Lunatic asylums Punjab 1911-1921 - 1911-1921
Year: 1911
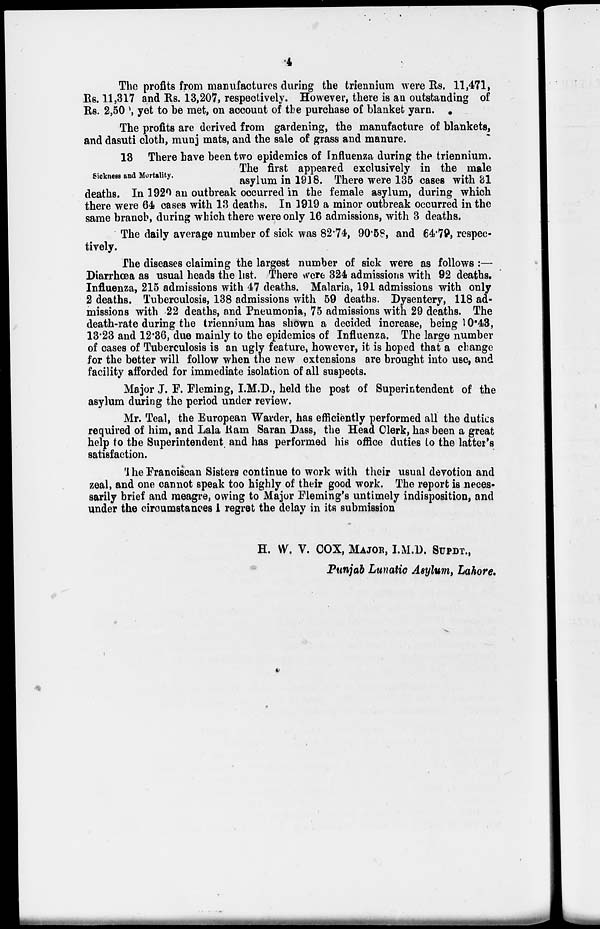
4
The profits from manufactures during the triennium were Rs. 11,471,
Rs. 11,317 and Rs. 13,207, respectively. However, there is an outstanding of
Rs. 2,500, yet to be met, on account of the purchase of blanket yarn.
The profits are derived from gardening, the manufacture of blankets,
and dasuti cloth, munj mats, and the sale of grass and manure.
Sickness and Mortality.
13 There have been two epidemics of Influenza during the triennium.
The first appeared exclusively in the male
asylum in 1918. There were 135 cases with 31
deaths. In 1920 an outbreak occurred in the female asylum, during which
there were 64 cases with 13 deaths. In 1919 a minor outbreak occurred in the
same branch, during which there were only 16 admissions, with 3 deaths.
The daily average number of sick was 82.74, 90.58, and 64.79, respec-
tively.
The diseases claiming the largest number of sick were as follows :—
Diarrhœa as usual heads the list. There were 324 admissions with 92 deaths.
Influenza, 215 admissions with 47 deaths. Malaria, 191 admissions with only
2 deaths. Tuberculosis, 138 admissions with 59 deaths. Dysentery, 118 ad-
missions with 22 deaths, and Pneumonia, 75 admissions with 29 deaths. The
death-rate during the triennium has shown a decided increase, being 10.43,
13.23 and 12.36, due mainly to the epidemics of Influenza. The large number
of cases of Tuberculosis is an ugly feature, however, it is hoped that a change
for the better will follow when the new extensions are brought into use, and
facility afforded for immediate isolation of all suspects.
Major J. F. Fleming, I.M.D., held the post of Superintendent of the
asylum during the period under review.
Mr. Teal, the European Warder, has efficiently performed all the duties
required of him, and Lala Ram Saran Dass, the Head Clerk, has been a great
help to the Superintendent and has performed his office duties to the latter's
satisfaction.
The Franciscan Sisters continue to work with their usual devotion and
zeal, and one cannot speak too highly of their good work. The report is neces-
sarily brief and meagre, owing to Major Fleming's untimely indisposition, and
under the circumstances 1 regret the delay in its submission
H. W. V. COX, MAJOR, I.M.D. SUPDT.,
Punjab Lunatic Asylum, Lahore.